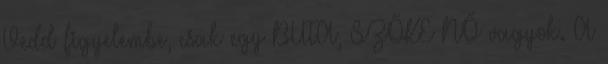
Vedd figyelembe, csak egy BUTA, SZŐKE NŐ vagyok. A